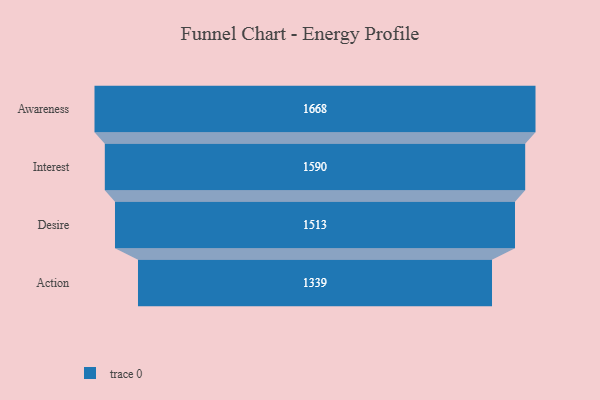
{"axis": {"x": "Stage", "y": "Value"}, "legend": [""], "data": [{"x": "Awareness", "y": 1668.0, "type": ""}, {"x": "Interest", "y": 1590.0, "type": ""}, {"x": "Desire", "y": 1513.0, "type": ""}, {"x": "Action", "y": 1339.0, "type": ""}]}